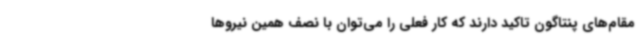
مقام‌های پنتاگون تاکید دارند که کار فعلی را می‌توان با نصف همین نیروها